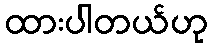
ထားပါတယ်ဟု